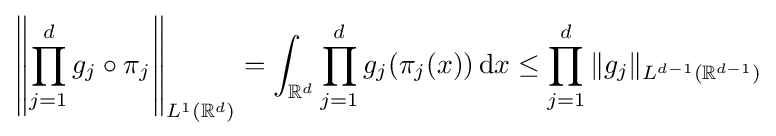
\left\|\prod _{j=1}^{d}g_{j}\circ \pi _{j}\right\|_{L^{1}(\mathbb {R} ^{d})}=\int _{\mathbb {R} ^{d}}\prod _{j=1}^{d}g_{j}(\pi _{j}(x))\,\mathrm {d} x\leq \prod _{j=1}^{d}\|g_{j}\|_{L^{d-1}(\mathbb {R} ^{d-1})}